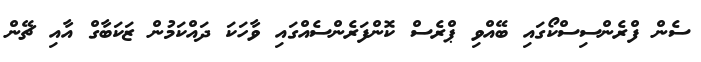
ސެން ފްރެންސިސްކޯގައި ބޭއްވި ޕްރެސް ކޮންފަރެންސެއްގައި ވާހަކަ ދައްކަމުން ޒަކަބާގް އާއި ޗޭން